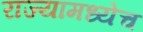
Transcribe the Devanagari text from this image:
राज्यामध्येच